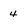
Character: 4